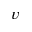
v